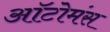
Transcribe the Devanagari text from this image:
ऑटोमंस